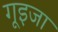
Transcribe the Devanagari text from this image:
गूइजा